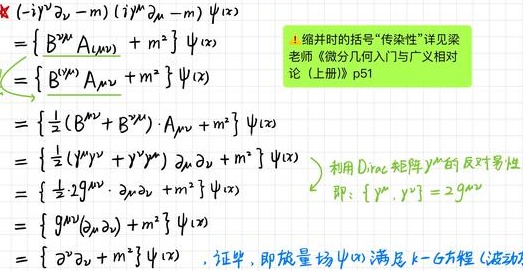
\[
\begin{align*}
&\left(-i\gamma^{\nu}\partial_{\nu}-m\right)\left(i\gamma^{\mu}\partial_{\mu}-m\right)\psi(x)\\
=&\left\{B^{\mu\nu}A_{(\mu\nu)}+m^{2}\right\}\psi(x)\\
=&\left\{B^{(\mu\nu)}A_{\mu\nu}+m^{2}\right\}\psi(x)\\
=&\left\{\frac{1}{2}\left(B^{\mu\nu}+B^{\nu\mu}\right)\cdot A_{\mu\nu}+m^{2}\right\}\psi(x)\\
=&\left\{\frac{1}{2}\left(\gamma^{\mu}\gamma^{\nu}+\gamma^{\nu}\gamma^{\mu}\right)\partial_{\mu}\partial_{\nu}+m^{2}\right\}\psi(x)\\
=&\left\{\frac{1}{2}2g^{\mu\nu}\cdot\partial_{\mu}\partial_{\nu}+m^{2}\right\}\psi(x)\\
=&\left\{g^{\mu\nu}(\partial_{\mu}\partial_{\nu})+m^{2}\right\}\psi(x)\\
=&\left\{\partial^{2}\partial_{\nu}+m^{2}\right\}\psi(x)\quad \text{证毕，即旋量场}\ \psi(x)\ \text{满足}k - G\text{方程（波动}
\end{align*}
\]
（缩并时的括号“传染性”详见梁老师《微分几何入门与广义相对论（上册）》p51；利用Dirac矩阵\(\gamma^{\mu}\)的反对易性，即：\(\{\gamma^{\mu},\gamma^{\nu}\}=2g^{\mu\nu}\)）